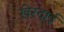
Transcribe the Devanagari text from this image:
खेरदाई